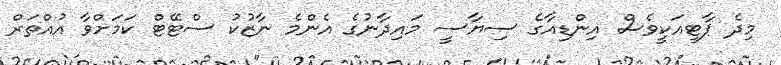
މިދެ ޕާޓީއަކީވެސް އިންޑިއާގެ ސިޔާސީ މައިދާނުގެ އެންމެ ނާޒުކު ސްޓޭޓް ކަމަށްވާ އުއްތަރް